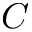
C